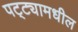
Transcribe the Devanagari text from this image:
पट्ट्यामधील